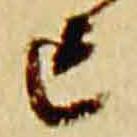
亡